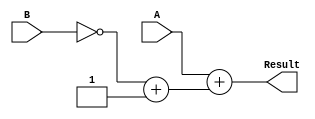
module Structural_Subtractor (
    input [3:0] A,
    input [3:0] B,
    output [3:0] Result
);

wire [3:0] A_inv;
wire [3:0] B_inv;
wire [3:0] Cin;
wire [3:0] B_neg;
wire [4:0] Temp;
wire [4:0] Ones_Comp;

assign A_inv = ~A;
assign B_inv = ~B;
assign Cin = 1'b1;
assign B_neg = B_inv + Cin;

assign Temp = A + B_neg;
assign Ones_Comp = {1'b0, Temp};

assign Result = Ones_Comp[3:0];

endmodule